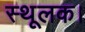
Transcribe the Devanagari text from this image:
स्थूलक।